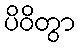
ပိဝိတွာ